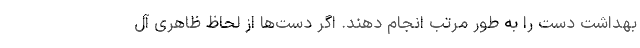
بهداشت دست را به طور مرتب انجام دهند. اگر دست‌ها از لحاظ ظاهری آل